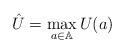
LaTeX: \begin{align*}\hat{U}=\max\limits_{a\in\mathbb{A}}U(a)\end{align*}